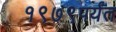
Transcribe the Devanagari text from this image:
१९७९पर्यंत